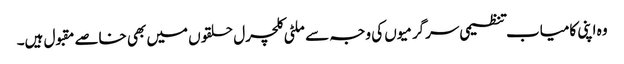
وہ اپنی کامیاب تنظیمی سرگرمیوں کی وجہ سے ملٹی کلچرل حلقوں میں بھی خاصے مقبول ہیں۔